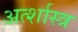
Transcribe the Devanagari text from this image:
अर्त्शास्त्र